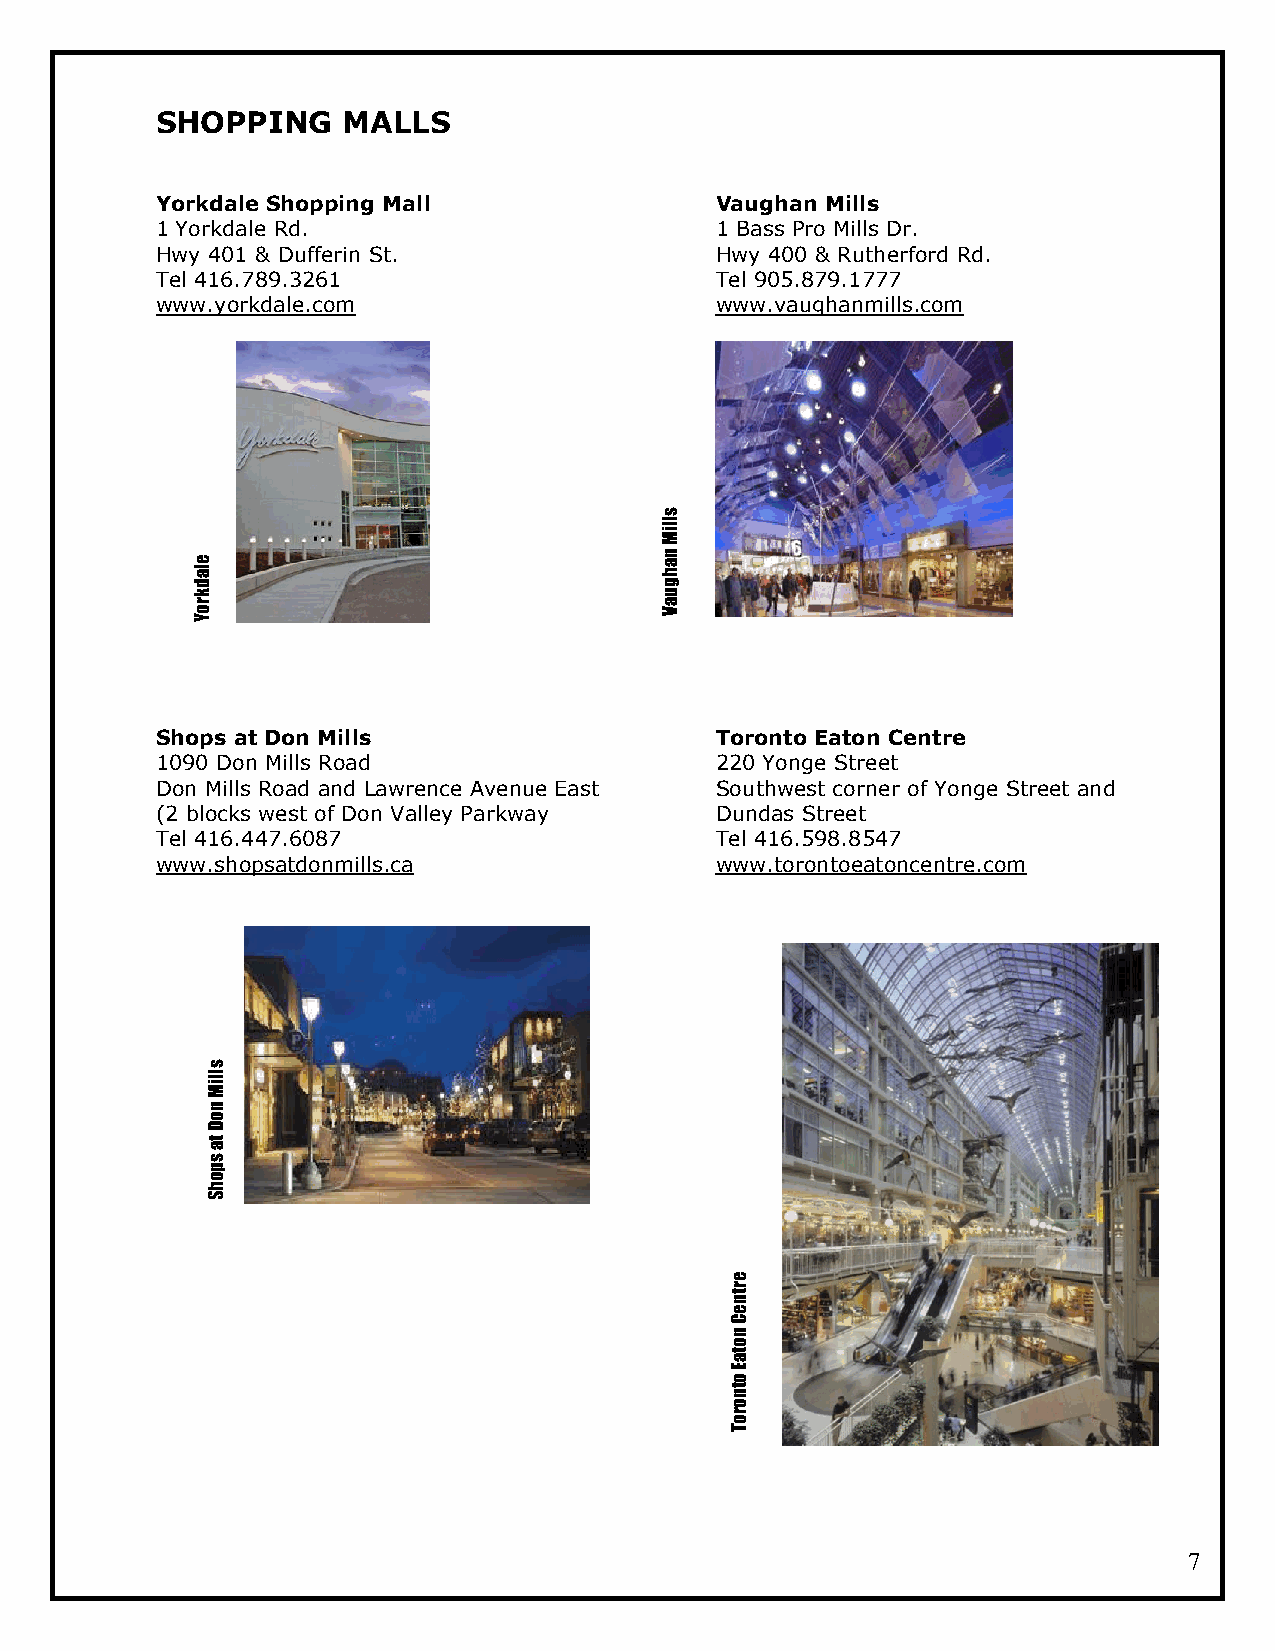
SHOPPING     MALLS
 Yorkdale Shopping Mall               Vaughan Mills
 1 Yorkdale Rd.                       1 Bass Pro Mills Dr.
 Hwy 401 & Dufferin St.               Hwy 400 & Rutherford Rd.
 Tel 416.789.3261                     Tel 905.879.1777
 www.yorkdale.com                     www.vaughanmills.com
 s
 Mill
 ale                            han
 d                              g
 k                              u
 or                             Va
 Y
 Shops at Don Mills                   Toronto Eaton Centre
 1090 Don Mills Road                  220 Yonge Street
 Don Mills Road and Lawrence Avenue East Southwest corner of Yonge Street and
 (2 blocks west of Don Valley Parkway Dundas Street
 Tel 416.447.6087                     Tel 416.598.8547
 www.shopsatdonmills.ca               www.torontoeatoncentre.com
 s
 Mill
 n
 o
 D
 at
 s
 p
 o
 h
 S
 e
 r
 nt
 e
 C
 n
 o
 at
 E
 o
 nt
 o
 r
 o
 T
 7